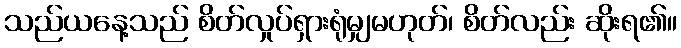
သည်ယနေ့သည် စိတ်လှုပ်ရှားရုံမျှမဟုတ်၊ စိတ်လည်း ဆိုးရ၏။